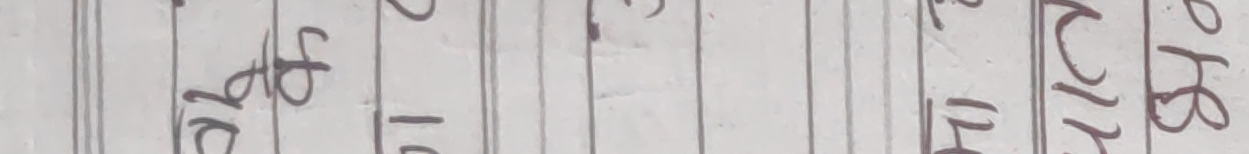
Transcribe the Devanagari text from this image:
१० Sp Ab ५ १ ० २ ११ २B १B R L